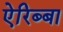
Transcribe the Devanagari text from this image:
ऐरिब्बा